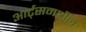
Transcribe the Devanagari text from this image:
आर्ट्‌समधील